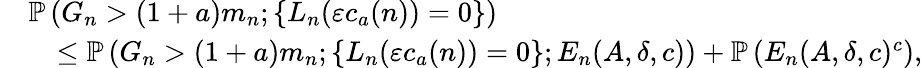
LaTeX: \begin{array}{rl}&{\mathbb{P}\left(G_{n}>(1+a)m_{n};\{ L_{n}(\varepsilon c_{a}(n))=0\} \right)}\\ &{\quad\leq\mathbb{P}\left(G_{n}>(1+a)m_{n};\{ L_{n}(\varepsilon c_{a}(n))=0\} ;E_{n}(A,\delta,c)\right)+\mathbb{P}\left(E_{n}(A,\delta,c)^{c}\right),}\end{array}